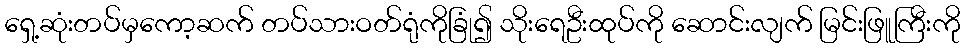
ရှေ့ဆုံးတပ်မှကော့ဆက် တပ်သားဝတ်ရုံကိုခြုံ၍ သိုးရေဦးထုပ်ကို ဆောင်းလျက် မြင်းဖြူကြီးကို